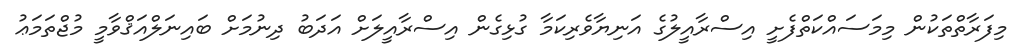
މިފަރާތްތަކުން މިމަސައްކަތްފެށީ އިސްރާއީލުގެ އަނިޔާވެރިކަމާ ގުޅިގެން އިސްރާއީލަށް އަދަބު ދިނުމަށް ބައިނަލްއަޤްވާމީ މުޖްތަމަޢު